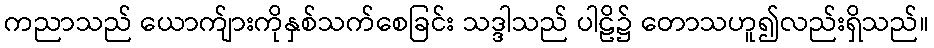
ကညာသည် ယောက်ျားကိုနှစ်သက်စေခြင်း သဒ္ဒါသည် ပါဠိ၌ တောသဟူ၍လည်းရှိသည်။